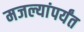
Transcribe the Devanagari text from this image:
मजल्यांपर्यंत